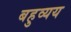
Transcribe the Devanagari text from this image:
बहुव्यय